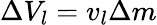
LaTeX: \Delta V_{l}=v_{l}\Delta m